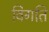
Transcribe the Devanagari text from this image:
विगति